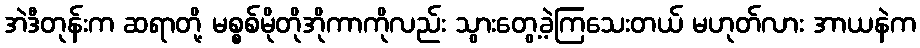
အဲဒီတုန်းက ဆရာတို့ မစ္စစ်မိုတိုအိုကာကိုလည်း သွားတွေ့ခဲ့ကြသေးတယ် မဟုတ်လား အာယနဲက